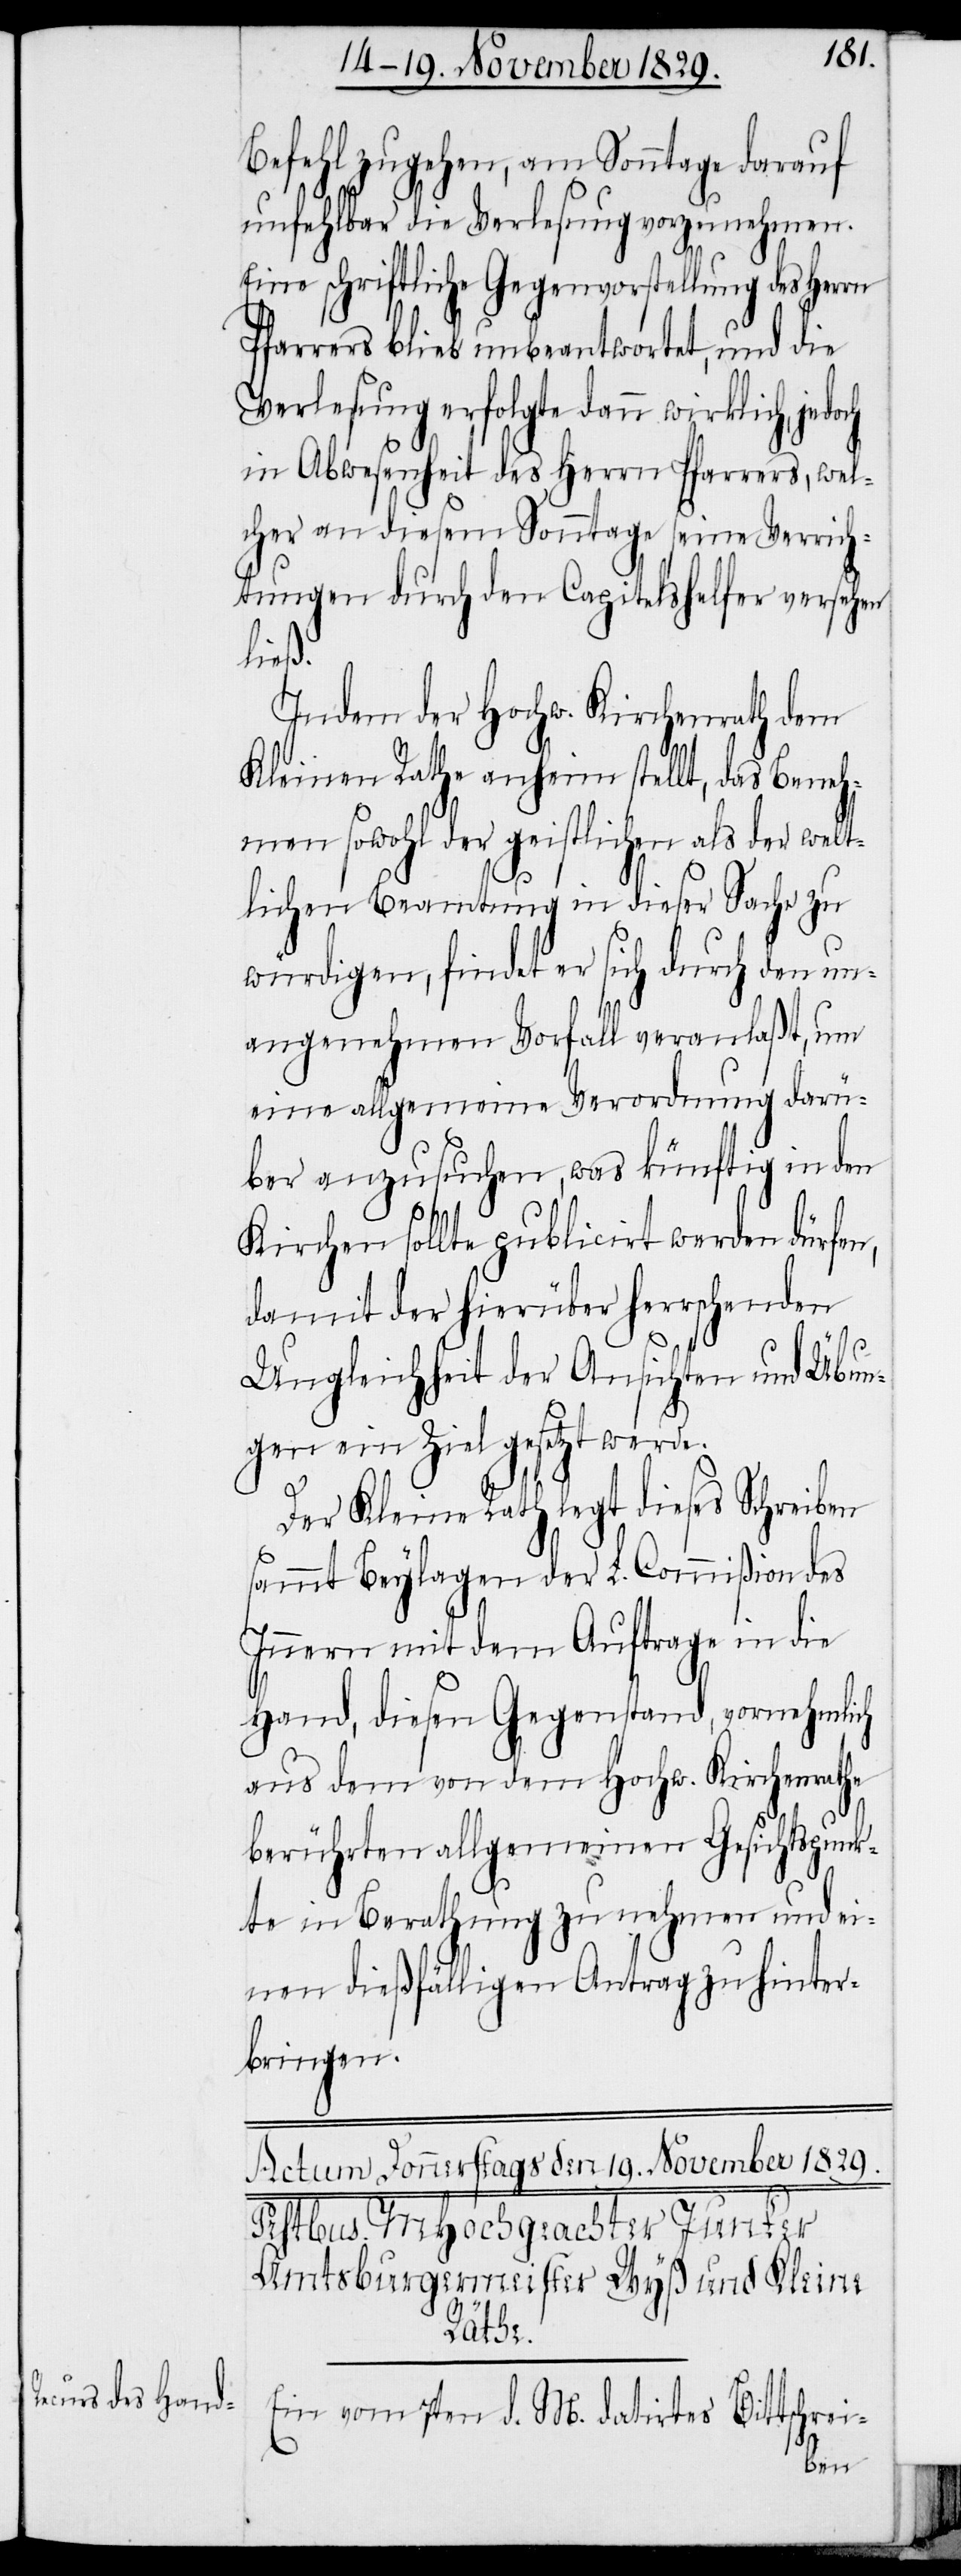
Befehl zugehen, am Sonntage darauf
unfehlbar die Verlesung vorzunehmen.
Eine schriftliche Gegenvorstellung des Herrn
Pfarrers blieb unbeantwortet, und die
Verlesung erfolgte dann wirklich, jedoch
in Abwesenheit des Herrn Pfarrers, wel¬
cher an diesem Sonntage seine Verrich¬
tungen durch den Capitelshelfer versehen
ließ.
Indem der Hochw. Kirchenrath dem
Kleinen Rathe anheim stellt, das Beneh¬
men sowohl der geistlichen als der welt¬
lichen Beamtung in dieser Sache zu
würdigen, findet er sich durch den un¬
angenehmen Vorfall veranlaßt, um
eine allgemeine Verordnung darü¬
ber anzusuchen, was künftig in den
Kirchen sollte publicirt werden dürfen,
damit der hierüber herrschenden
Ungleichheit der Ansichten und Übun¬
gen ein Ziel gesetzt werde.
Der Kleine Rath legt dieses Schreiben
sammt Beylagen der L. Commißion des
Innern mit dem Auftrage in die
Hand, diesen Gegenstand, vornehmlich
aus dem von dem Hochw. Kirchenrathe
berührten allgemeinen Gesichtspunk¬
te in Berathung zu nehmen und ei¬
nen dießfälligen Antrag zu hinter¬
bringen.
Ein vom 7ten d. M. datirtes Bittschrei-